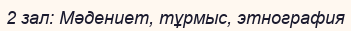
2 зал: Мәдениет, тұрмыс, этнография